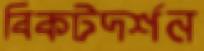
বিকটদর্শন